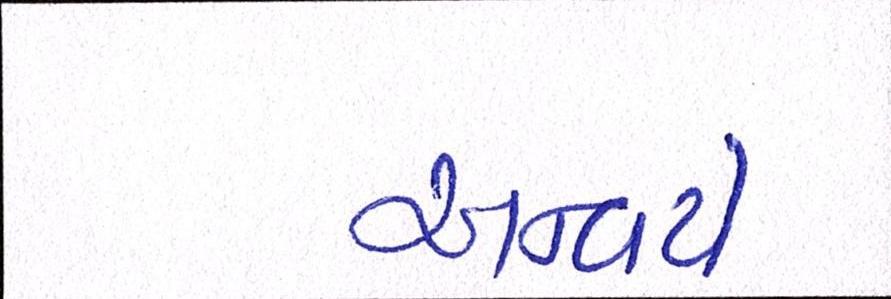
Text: અન્વયે